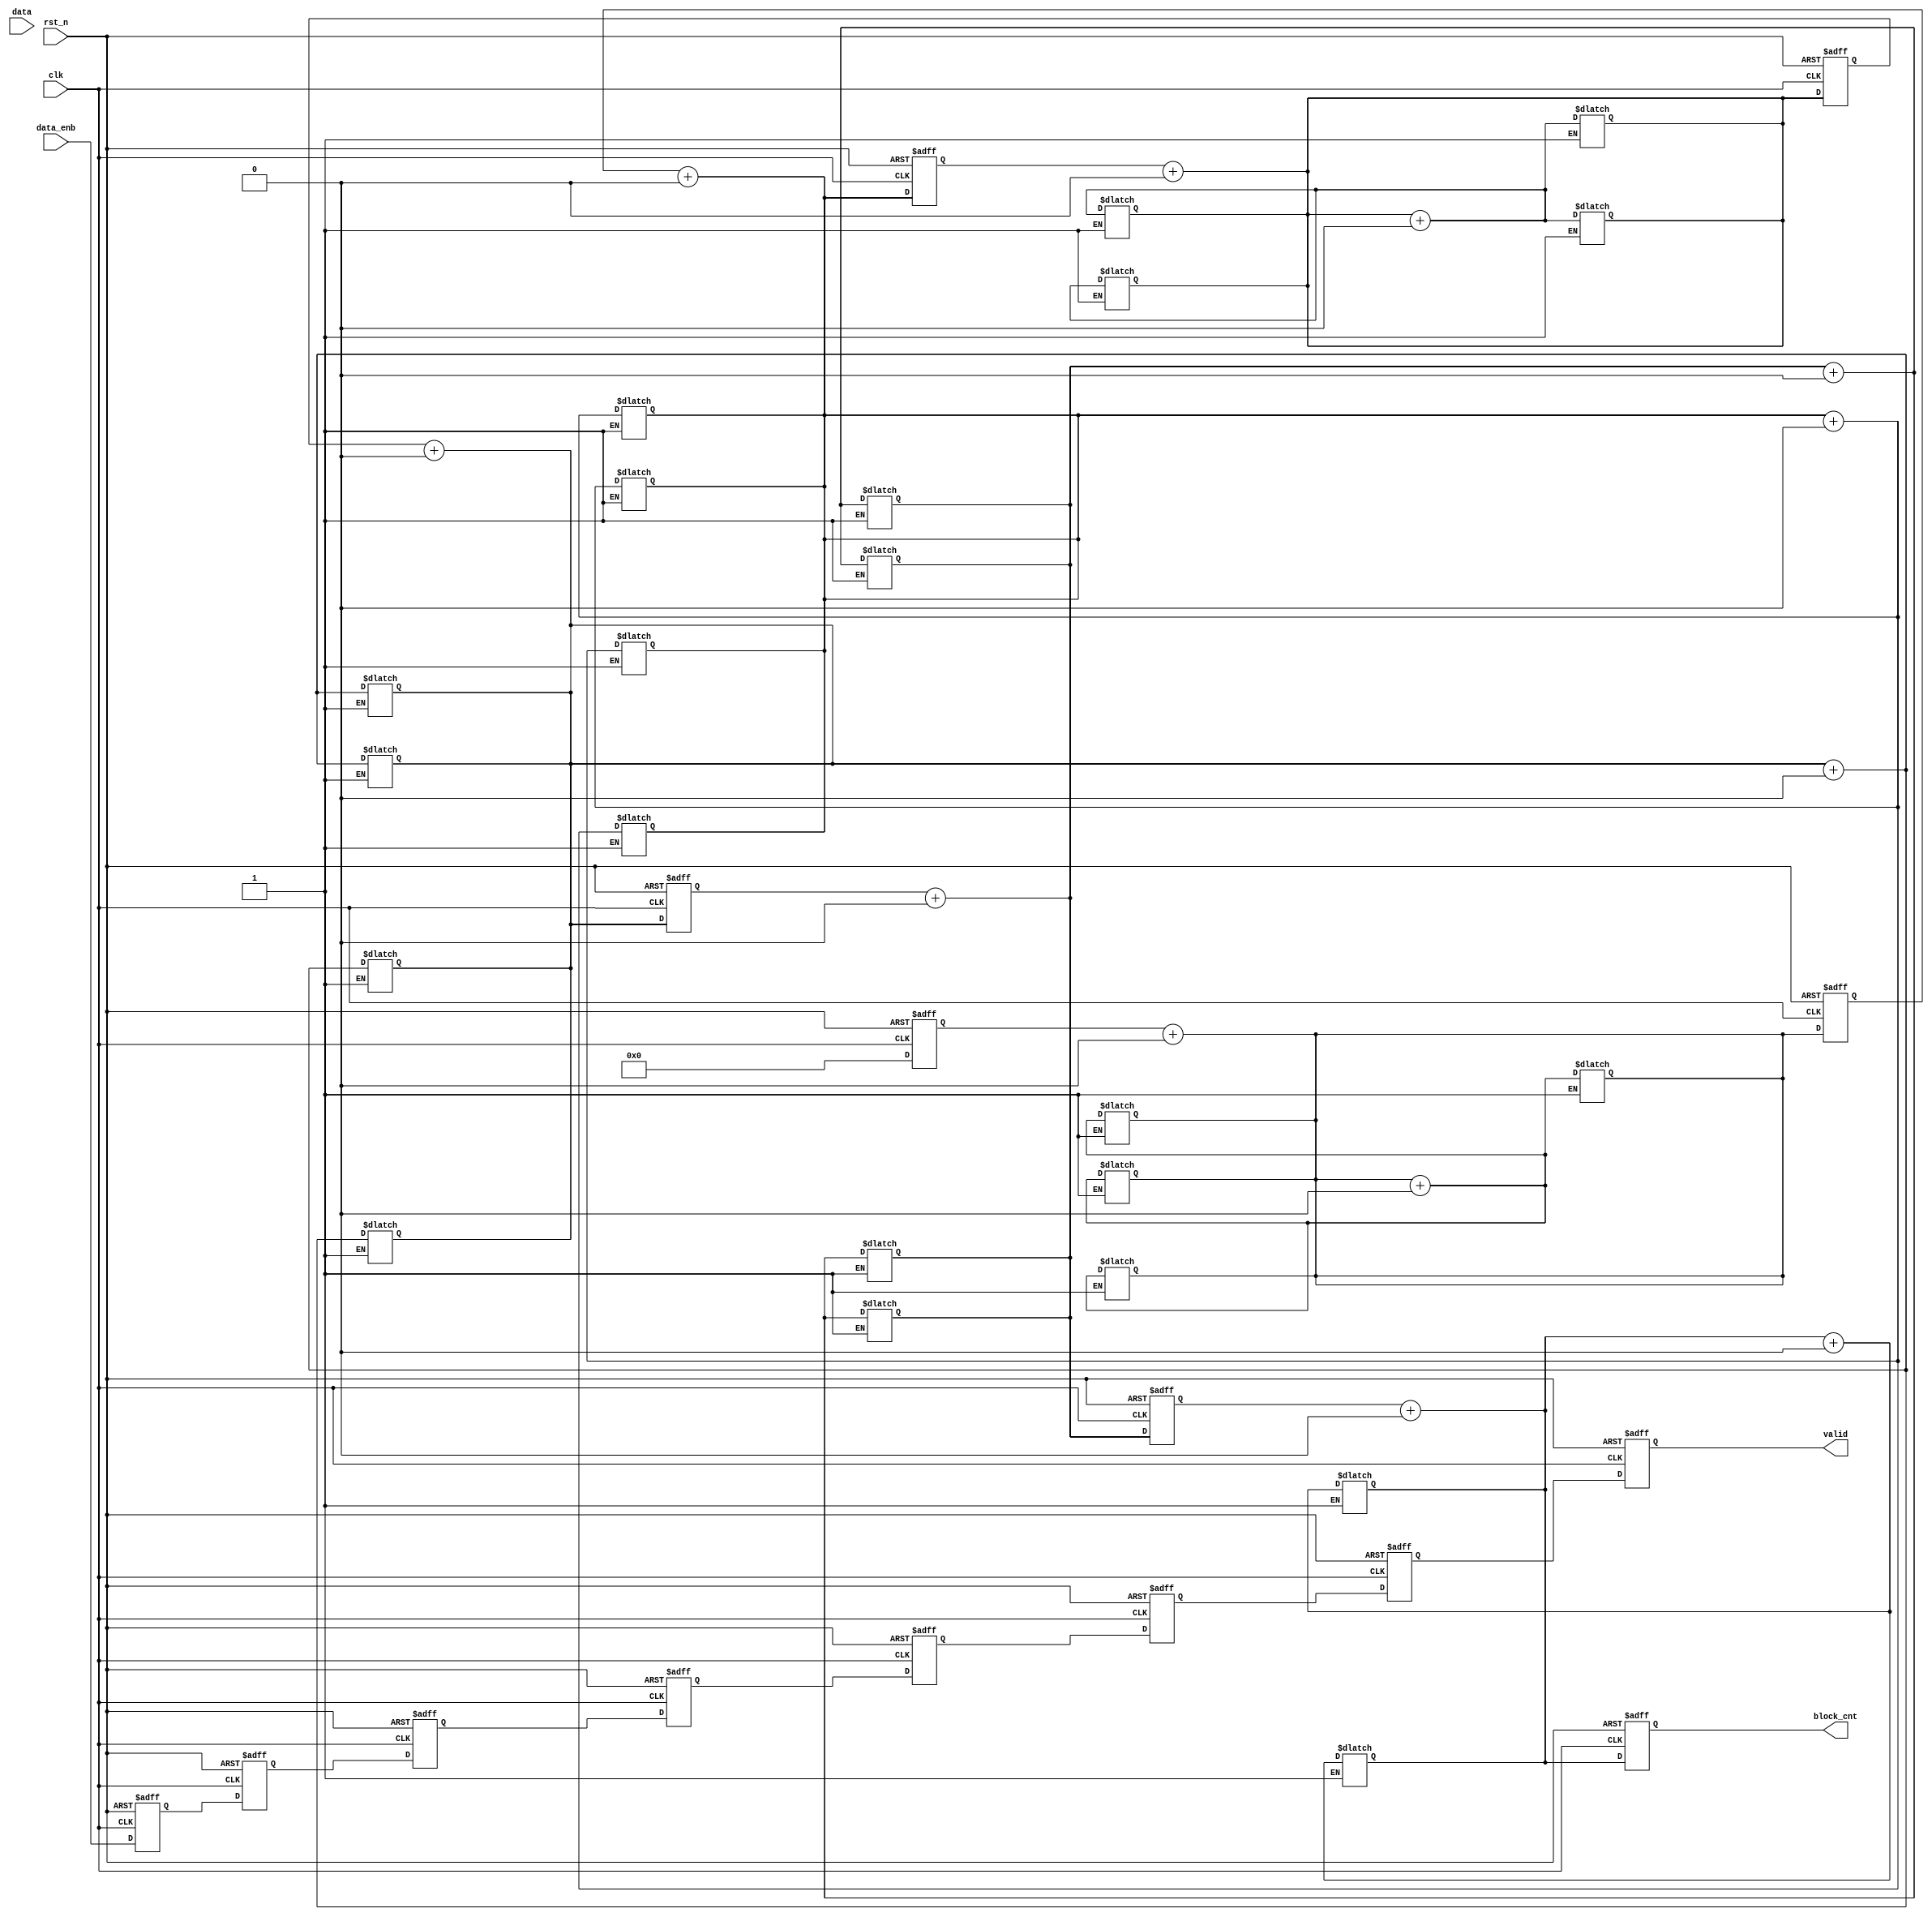
module bit_block_counter (data, data_enb, clk, rst_n, block_cnt, valid);
  //parameter
  parameter FF_DLY = 1;
  parameter LEN_DATA = 32;
  parameter LEN_CNT = 4;
  parameter INT_CNT = 4'b0;
  parameter INT_ENB = 1'b0;
  //port
  input [LEN_DATA-1:0] data;
  input data_enb;
  input clk;
  input rst_n;
  output [LEN_CNT-1:0] block_cnt;
  output valid;
  //port data type
  wire [LEN_DATA-1:0] data;
  wire data_enb;
  wire clk;
  wire rst_n;
  reg [LEN_CNT-1:0] block_cnt;
  reg valid;
    //internal variable
  reg [LEN_DATA:0] data_in_0;
  reg [27:0]       data_in_1;
  reg [22:0]       data_in_2;
  reg [17:0]       data_in_3;
  reg [12:0]       data_in_4;
  reg [7:0]        data_in_5;
  reg [2:0]        data_in_6;
  
  reg [LEN_DATA+1:0] flag;
  
  reg [LEN_CNT-1:0] cnt_0;
  reg [LEN_CNT-1:0] cnt_1;
  reg [LEN_CNT-1:0] cnt_2;
  reg [LEN_CNT-1:0] cnt_3;
  reg [LEN_CNT-1:0] cnt_4;
  reg [LEN_CNT-1:0] cnt_5;
  reg [LEN_CNT-1:0] cnt_6;
  
  reg [LEN_CNT-1:0] block_cnt_0;
  reg [LEN_CNT-1:0] block_cnt_1;
  reg [LEN_CNT-1:0] block_cnt_2;
  reg [LEN_CNT-1:0] block_cnt_3;
  reg [LEN_CNT-1:0] block_cnt_4;
  reg [LEN_CNT-1:0] block_cnt_5;
  
  reg valid_0;
  reg valid_1;
  reg valid_2;
  reg valid_3;
  reg valid_4;
  reg valid_5;
  reg valid_6;
    //data in flipflop
  always @ (posedge clk or negedge rst_n) begin 
    if (rst_n == 0) begin 
      data_in_0 <= #FF_DLY 33'h0;
    end 
    else begin 
      data_in_0 <= #FF_DLY data;
    end
  end
    //enable in flipflop
  always @ (posedge clk or negedge rst_n) begin 
    if (rst_n == 0) begin
      valid_0 <= #FF_DLY INT_ENB;
    end
    else begin 
      valid_0 <= #FF_DLY data_enb;
    end
  end
  //////////////////////////counter_0/////////////////////////
  genvar a;
  generate
    for (a=0;a<5;a=a+1) begin : counter_0
      always @ (data_in_0 or flag[a] or a) begin
        if (a == 0) begin
          cnt_0 = 0;
          flag = 0;
          flag[a+1] = (flag[a] == 1) ? (flag[a]*data_in_0[a]) : (flag[a]+data_in_0[a]);
        end
        else begin
          flag[a+1] = (flag[a] == 1) ? (flag[a]*data_in_0[a]) : (flag[a]+data_in_0[a]);
          cnt_0 = ((flag[a+1] == 0)) ? (cnt_0 + flag[a]*flag[a-1]) : cnt_0;
        end
      end
    end
  endgenerate
   //data in of counter_1
  always @ (posedge clk or negedge rst_n) begin 
    if (rst_n == 0) begin
      data_in_1 <= #FF_DLY 28'h0;
    end
    else begin 
      data_in_1 <= #FF_DLY data_in_0[32:5];
    end
  end
  // number block bit 1 of counter_0
  always @ (posedge clk or negedge rst_n) begin
    if (rst_n == 0) begin
      block_cnt_0 <= #FF_DLY 4'd0; 
    end
    else begin 
      block_cnt_0 <= #FF_DLY cnt_0;
    end
  end
  // valid of counter_0
  always @ (posedge clk or negedge rst_n) begin 
    if (rst_n == 0) begin 
      valid_1 <= #FF_DLY INT_ENB;  
    end
    else begin
      valid_1 <= #FF_DLY valid_0;
    end
  end
  //////////////////////////////counter_1////////////////////////////
  genvar b;
  generate
    for (b=0;b<5;b=b+1) begin : counter_1
      always @ (data_in_1 or flag[b+5] or b) begin
        if (b == 0) begin
          cnt_1 = block_cnt_0;
          flag[b+6] = (flag[b+5] == 1) ? (flag[b+5]*data_in_1[b]) : (flag[b+5]+data_in_1[b]);
		  cnt_1 = ((flag[b+6] == 0)) ? (cnt_1 + flag[b+5]*flag[b+4]) : cnt_1;
        end
        else begin
          flag[b+6] = (flag[b+5] == 1) ? (flag[b+5]*data_in_1[b]) : (flag[b+5]+data_in_1[b]);
          cnt_1 = ((flag[b+6] == 0)) ? (cnt_1 + flag[b+5]*flag[b+4]) : cnt_1;
        end
      end
    end
  endgenerate
   //data in of counter_2
  always @ (posedge clk or negedge rst_n) begin 
    if (rst_n == 0) begin
      data_in_2 <= #FF_DLY 23'h0;
    end
    else begin 
      data_in_2 <= #FF_DLY data_in_1[27:5];
    end
  end
  // number block bit 1 of counter_1
  always @ (posedge clk or negedge rst_n) begin
    if (rst_n == 0) begin
      block_cnt_1 <= #FF_DLY 4'd0; 
    end
    else begin 
      block_cnt_1 <= #FF_DLY cnt_1;
    end
  end
  // valid of counter_1
  always @ (posedge clk or negedge rst_n) begin 
    if (rst_n == 0) begin 
      valid_2 <= #FF_DLY INT_ENB;  
    end
    else begin
      valid_2 <= #FF_DLY valid_1;
    end
  end
    //////////////////////////////counter_2////////////////////////////
  genvar c;
  generate
    for (c=0;c<5;c=c+1) begin : counter_1
      always @ (data_in_2 or flag[c+10] or c) begin
        if (c == 0) begin
          cnt_2 = block_cnt_1;
          flag[c+11] = (flag[c+10] == 1) ? (flag[c+10]*data_in_2[c]) : (flag[c+10]+data_in_2[c]);
		  cnt_2 = ((flag[c+11] == 0)) ? (cnt_2 + flag[c+10]*flag[c+9]) : cnt_2;
        end
        else begin
          flag[c+11] = (flag[c+10] == 1) ? (flag[c+10]*data_in_2[c]) : (flag[c+10]+data_in_2[c]);
          cnt_2 = ((flag[c+11] == 0)) ? (cnt_2 + flag[c+10]*flag[c+9]) : cnt_2;
        end
      end
    end
  endgenerate
   //data in of counter_3
  always @ (posedge clk or negedge rst_n) begin 
    if (rst_n == 0) begin
      data_in_3 <= #FF_DLY 18'h0;
    end
    else begin 
      data_in_3 <= #FF_DLY data_in_2[22:5];
    end
  end
  // number block bit 1 of counter_2
  always @ (posedge clk or negedge rst_n) begin
    if (rst_n == 0) begin
      block_cnt_2 <= #FF_DLY 4'd0; 
    end
    else begin 
      block_cnt_2 <= #FF_DLY cnt_2;
    end
  end
  // valid of counter_2
  always @ (posedge clk or negedge rst_n) begin 
    if (rst_n == 0) begin 
      valid_3 <= #FF_DLY INT_ENB;  
    end
    else begin
      valid_3 <= #FF_DLY valid_2;
    end
  end
    //////////////////////////////counter_3////////////////////////////
  genvar d;
  generate
    for (d=0;d<5;d=d+1) begin : counter_3
      always @ (data_in_3 or flag[d+15] or d) begin
        if (d == 0) begin
          cnt_3 = block_cnt_2;
          flag[d+16] = (flag[d+15] == 1) ? (flag[d+15]*data_in_3[d]) : (flag[d+15]+data_in_3[d]);
		  cnt_3 = ((flag[d+16] == 0)) ? (cnt_3 + flag[d+15]*flag[d+14]) : cnt_3;
        end
        else begin
          flag[d+16] = (flag[d+15] == 1) ? (flag[d+15]*data_in_3[d]) : (flag[d+15]+data_in_3[d]);
          cnt_3 = ((flag[d+16] == 0)) ? (cnt_3 + flag[d+15]*flag[d+14]) : cnt_3;
        end
      end
    end
  endgenerate
   //data in of counter_4
  always @ (posedge clk or negedge rst_n) begin 
    if (rst_n == 0) begin
      data_in_4 <= #FF_DLY 13'h0;
    end
    else begin 
      data_in_4 <= #FF_DLY data_in_3[17:5];
    end
  end
  // number block bit 1 of counter_3
  always @ (posedge clk or negedge rst_n) begin
    if (rst_n == 0) begin
      block_cnt_3 <= #FF_DLY 4'd0; 
    end
    else begin 
      block_cnt_3 <= #FF_DLY cnt_3;
    end
  end
  // valid of counter_3
  always @ (posedge clk or negedge rst_n) begin 
    if (rst_n == 0) begin 
      valid_4 <= #FF_DLY INT_ENB;  
    end
    else begin
      valid_4 <= #FF_DLY valid_3;
    end
  end
   //////////////////////////////counter_4////////////////////////////
  genvar e;
  generate
    for (e=0;e<5;e=e+1) begin : counter_4
      always @ (data_in_4 or flag[e+20] or e) begin
        if (e == 0) begin
          cnt_4 = block_cnt_3;
          flag[e+21] = (flag[e+20] == 1) ? (flag[e+20]*data_in_4[e]) : (flag[e+20]+data_in_4[e]);
		  cnt_4 = ((flag[e+21] == 0)) ? (cnt_4 + flag[e+20]*flag[e+19]) : cnt_4;
        end
        else begin
          flag[e+21] = (flag[e+20] == 1) ? (flag[e+20]*data_in_4[e]) : (flag[e+20]+data_in_4[e]);
          cnt_4 = ((flag[e+21] == 0)) ? (cnt_4 + flag[e+20]*flag[e+19]) : cnt_4;
        end
      end
    end
  endgenerate
   //data in of counter_5
  always @ (posedge clk or negedge rst_n) begin 
    if (rst_n == 0) begin
      data_in_5 <= #FF_DLY 8'h0;
    end
    else begin 
      data_in_5 <= #FF_DLY data_in_4[12:5];
    end
  end
  // number block bit 1 of counter_4
  always @ (posedge clk or negedge rst_n) begin
    if (rst_n == 0) begin
      block_cnt_4 <= #FF_DLY 4'd0; 
    end
    else begin 
      block_cnt_4 <= #FF_DLY cnt_4;
    end
  end
  // valid of counter_4
  always @ (posedge clk or negedge rst_n) begin 
    if (rst_n == 0) begin 
      valid_5 <= #FF_DLY INT_ENB;  
    end
    else begin
      valid_5 <= #FF_DLY valid_4;
    end
  end
   //////////////////////////////counter_5////////////////////////////
  genvar f;
  generate
    for (f=0;f<5;f=f+1) begin : counter_5
      always @ (data_in_5 or flag[f+25] or f) begin
        if (f == 0) begin
          cnt_5 = block_cnt_4;
          flag[f+26] = (flag[f+25] == 1) ? (flag[f+25]*data_in_5[f]) : (flag[f+25]+data_in_5[f]);
		  cnt_5 = ((flag[f+26] == 0)) ? (cnt_5 + flag[f+25]*flag[f+24]) : cnt_5;
        end
        else begin
          flag[f+26] = (flag[f+25] == 1) ? (flag[f+25]*data_in_5[f]) : (flag[f+25]+data_in_5[f]);
          cnt_5 = ((flag[f+26] == 0)) ? (cnt_5 + flag[f+25]*flag[f+24]) : cnt_5;
        end
      end
    end
  endgenerate
   //data in of counter_6
  always @ (posedge clk or negedge rst_n) begin 
    if (rst_n == 0) begin
      data_in_6 <= #FF_DLY 3'h0;
    end
    else begin 
      data_in_6 <= #FF_DLY data_in_5[8:5];
    end
  end
  // number block bit 1 of counter_5
  always @ (posedge clk or negedge rst_n) begin
    if (rst_n == 0) begin
      block_cnt_5 <= #FF_DLY 4'd0; 
    end
    else begin 
      block_cnt_5 <= #FF_DLY cnt_5;
    end
  end
  // valid of counter_5
  always @ (posedge clk or negedge rst_n) begin 
    if (rst_n == 0) begin 
      valid_6 <= #FF_DLY INT_ENB;  
    end
    else begin
      valid_6 <= #FF_DLY valid_5;
    end
  end
     //////////////////////////////counter_6////////////////////////////
  genvar g;
  generate
    for (g=0;g<3;g=g+1) begin : counter_6
      always @ (data_in_6 or flag[g+30] or g) begin
        if (g == 0) begin
          cnt_6 = block_cnt_5;
          flag[g+31] = (flag[g+30] == 1) ? (flag[g+30]*data_in_6[g]) : (flag[g+30]+data_in_6[g]);
		  cnt_6 = ((flag[g+31] == 0)) ? (cnt_6 + flag[g+30]*flag[g+29]) : cnt_6;
        end
        else begin
          flag[g+31] = (flag[g+30] == 1) ? (flag[g+30]*data_in_6[g]) : (flag[g+30]+data_in_6[g]);
          cnt_6 = ((flag[g+31] == 0)) ? (cnt_6 + flag[g+30]*flag[g+29]) : cnt_6;
        end
      end
    end
  endgenerate
  // number block bit 1 of counter_6
  always @ (posedge clk or negedge rst_n) begin
    if (rst_n == 0) begin
      block_cnt <= #FF_DLY 4'd0; 
    end
    else begin 
      block_cnt <= #FF_DLY cnt_6;
    end
  end
  // valid of counter_6
  always @ (posedge clk or negedge rst_n) begin 
    if (rst_n == 0) begin 
      valid <= #FF_DLY INT_ENB;  
    end
    else begin
      valid <= #FF_DLY valid_6;
    end
  end
endmodule